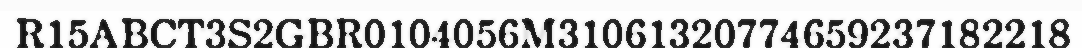
R15ABCT3S2GBR0104056M31061320774659237182218